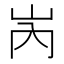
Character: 𡶀